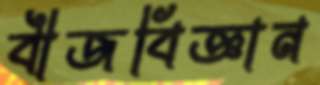
বীজবিজ্ঞান